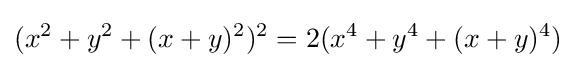
(x^{2}+y^{2}+(x+y)^{2})^{2}=2(x^{4}+y^{4}+(x+y)^{4})